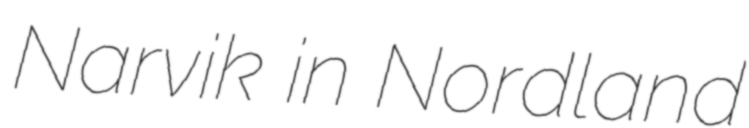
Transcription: Narvik in Nordland